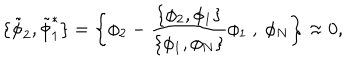
LaTeX: \{ { \tilde { \phi } _ { 2 } } , { \tilde { \phi } _ { 1 } ^ { * } } \} = \left\{ \phi _ { 2 } - \frac { \{ \phi _ { 2 } , \phi _ { 1 } \} } { \{ \phi _ { 1 } , \phi _ { N } \} } \phi _ { 1 } \ , \ \phi _ { N } \right\} \approx 0 ,